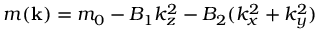
m ( { \bf k } ) = m _ { 0 } - B _ { 1 } k _ { z } ^ { 2 } - B _ { 2 } ( k _ { x } ^ { 2 } + k _ { y } ^ { 2 } )